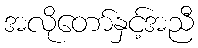
အလိုတော်နှင့်အညီ